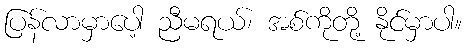
ပြန်လာမှာပေါ့ ညီမရယ်၊ အစ်ကိုတို့ နိုင်မှာပါ။